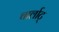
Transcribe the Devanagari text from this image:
चार्लाट्